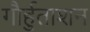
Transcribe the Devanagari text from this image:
गौर्हुताशन